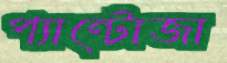
প্যান্টোজা